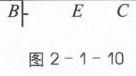
\(B\) \(\vert\) \(E\) \(C\)
图 \(2 - 1 - 10\)